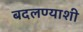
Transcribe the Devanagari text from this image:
बदलण्याशी